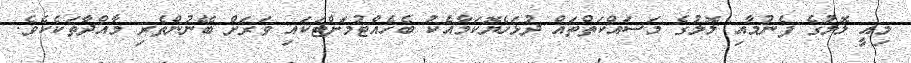
މިއީ ލޮލުގެ ފެނުމާއި ލޮލުގެ މަސައްކަތްތައް ދުޅަހެޔޮކަމާއެކު ބެހެއްޓުމަށްޓަކައި ވަރަށް ބޭނުންތެރި މާއްދާތަކެކެވެ.